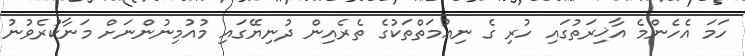
ހަމަ އެހެންމެ އާޚިރަތުގައި ހުރި ގެ ނިޢުމަތްތަކުގެ ތެރެއިން ދުނިޔޭގައި މުއުމިނުންނަށް މަނާކުރެވުނު